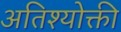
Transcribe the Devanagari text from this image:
अतिश्योक्ती